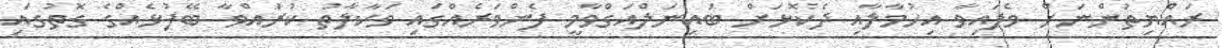
ރައްޔިތުންނަށް ވެފައިވާ އިހުމާލާއި ދެކޮޅަށް ބައިނަލްއަގްވާމީ ފެންވަރެއްގައި ވަކާލާތު ކުރައްވާ ބޭފުޅެއްގެ ގޮތުގައި